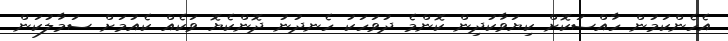
އެހެންކަމުން ހާއްސަކޮށް ކިޔަވާކުދިން ކޮންމެ ދުވަހަކު ހެނދުނު ދޮންކެޔޮ ވަކެއް ކެއުމަށް ސަމާލުކަން